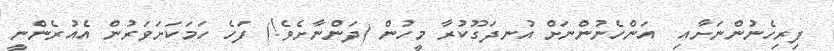
ފިރިހެނުންނަށާއި  އަންހެނުންނަށް އުނދަގޫކުރާ މީހުން (ދަންނާށެވެ!) ފަހެ ހަމަކަށަވަރުން އެއުރެންނީ